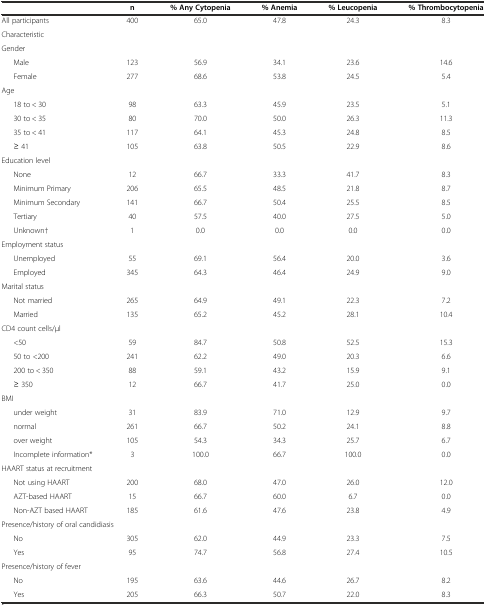
<table><thead><tr><td></td><td><b>n</b></td><td><b>% Any Cytopenia</b></td><td><b>% Anemia</b></td><td><b>% Leucopenia</b></td><td><b>% Thrombocytopenia</b></td></tr></thead><tbody><tr><td>All participants</td><td>400</td><td>65.0</td><td>47.8</td><td>24.3</td><td>8.3</td></tr><tr><td>Characteristic</td><td></td><td></td><td></td><td></td><td></td></tr><tr><td>Gender</td><td></td><td></td><td></td><td></td><td></td></tr><tr><td>Male</td><td>123</td><td>56.9</td><td>34.1</td><td>23.6</td><td>14.6</td></tr><tr><td>Female</td><td>277</td><td>68.6</td><td>53.8</td><td>24.5</td><td>5.4</td></tr><tr><td>Age</td><td></td><td></td><td></td><td></td><td></td></tr><tr><td>18 to &lt; 30</td><td>98</td><td>63.3</td><td>45.9</td><td>23.5</td><td>5.1</td></tr><tr><td>30 to &lt; 35</td><td>80</td><td>70.0</td><td>50.0</td><td>26.3</td><td>11.3</td></tr><tr><td>35 to &lt; 41</td><td>117</td><td>64.1</td><td>45.3</td><td>24.8</td><td>8.5</td></tr><tr><td>≥ 41</td><td>105</td><td>63.8</td><td>50.5</td><td>22.9</td><td>8.6</td></tr><tr><td>Education level</td><td></td><td></td><td></td><td></td><td></td></tr><tr><td>None</td><td>12</td><td>66.7</td><td>33.3</td><td>41.7</td><td>8.3</td></tr><tr><td>Minimum Primary</td><td>206</td><td>65.5</td><td>48.5</td><td>21.8</td><td>8.7</td></tr><tr><td>Minimum Secondary</td><td>141</td><td>66.7</td><td>50.4</td><td>25.5</td><td>8.5</td></tr><tr><td>Tertiary</td><td>40</td><td>57.5</td><td>40.0</td><td>27.5</td><td>5.0</td></tr><tr><td>Unknown†</td><td>1</td><td>0.0</td><td>0.0</td><td>0.0</td><td>0.0</td></tr><tr><td>Employment status</td><td></td><td></td><td></td><td></td><td></td></tr><tr><td>Unemployed</td><td>55</td><td>69.1</td><td>56.4</td><td>20.0</td><td>3.6</td></tr><tr><td>Employed</td><td>345</td><td>64.3</td><td>46.4</td><td>24.9</td><td>9.0</td></tr><tr><td>Marital status</td><td></td><td></td><td></td><td></td><td></td></tr><tr><td>Not married</td><td>265</td><td>64.9</td><td>49.1</td><td>22.3</td><td>7.2</td></tr><tr><td>Married</td><td>135</td><td>65.2</td><td>45.2</td><td>28.1</td><td>10.4</td></tr><tr><td>CD4 count cells/μl</td><td></td><td></td><td></td><td></td><td></td></tr><tr><td>&lt;50</td><td>59</td><td>84.7</td><td>50.8</td><td>52.5</td><td>15.3</td></tr><tr><td>50 to &lt;200</td><td>241</td><td>62.2</td><td>49.0</td><td>20.3</td><td>6.6</td></tr><tr><td>200 to &lt; 350</td><td>88</td><td>59.1</td><td>43.2</td><td>15.9</td><td>9.1</td></tr><tr><td>≥ 350</td><td>12</td><td>66.7</td><td>41.7</td><td>25.0</td><td>0.0</td></tr><tr><td>BMI</td><td></td><td></td><td></td><td></td><td></td></tr><tr><td>under weight</td><td>31</td><td>83.9</td><td>71.0</td><td>12.9</td><td>9.7</td></tr><tr><td>normal</td><td>261</td><td>66.7</td><td>50.2</td><td>24.1</td><td>8.8</td></tr><tr><td>over weight</td><td>105</td><td>54.3</td><td>34.3</td><td>25.7</td><td>6.7</td></tr><tr><td>Incomplete information*</td><td>3</td><td>100.0</td><td>66.7</td><td>100.0</td><td>0.0</td></tr><tr><td>HAART status at recruitment</td><td></td><td></td><td></td><td></td><td></td></tr><tr><td>Not using HAART</td><td>200</td><td>68.0</td><td>47.0</td><td>26.0</td><td>12.0</td></tr><tr><td>AZT-based HAART</td><td>15</td><td>66.7</td><td>60.0</td><td>6.7</td><td>0.0</td></tr><tr><td>Non-AZT based HAART</td><td>185</td><td>61.6</td><td>47.6</td><td>23.8</td><td>4.9</td></tr><tr><td colspan="2">Presence/history of oral candidiasis</td><td></td><td></td><td></td><td></td></tr><tr><td>No</td><td>305</td><td>62.0</td><td>44.9</td><td>23.3</td><td>7.5</td></tr><tr><td>Yes</td><td>95</td><td>74.7</td><td>56.8</td><td>27.4</td><td>10.5</td></tr><tr><td>Presence/history of fever</td><td></td><td></td><td></td><td></td><td></td></tr><tr><td>No</td><td>195</td><td>63.6</td><td>44.6</td><td>26.7</td><td>8.2</td></tr><tr><td>Yes</td><td>205</td><td>66.3</td><td>50.7</td><td>22.0</td><td>8.3</td></tr></tbody></table>